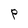
Character: P